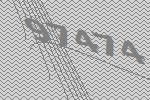
97474